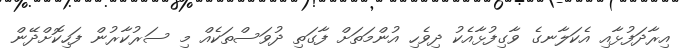
އިރާދަފުޅާއި އެކަލާނގެ ވާގިފުޅާއެކު ދިވެހި އުންމަތަށް ފާގަތި ދުވަސްތަކެއް މި ސަރުކާރުން ފަހިކޮށްދޭން